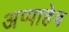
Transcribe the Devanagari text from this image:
अप्पाहेब